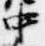
中